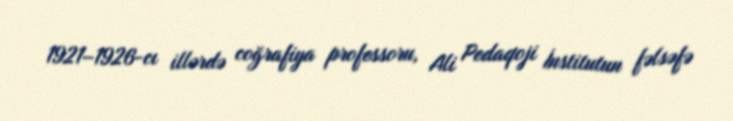
1921–1926-cı illərdə coğrafiya professoru, Ali Pedaqoji İnstitutun fəlsəfə